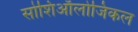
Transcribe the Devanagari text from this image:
सोशिऑलोजिकल